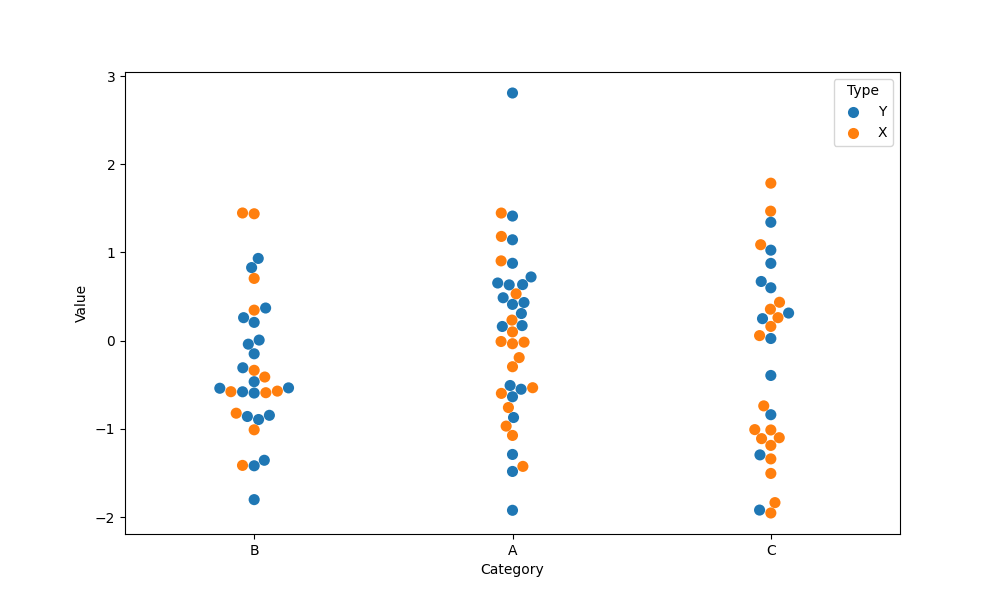
python, seaborn, swarmplot, dodge=False, alpha=1.0, size=8